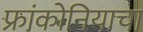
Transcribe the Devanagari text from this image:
फ्रांकोनियाचा